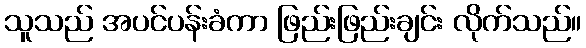
သူသည် အပင်ပန်းခံကာ ဖြည်းဖြည်းချင်း လိုက်သည်။